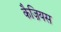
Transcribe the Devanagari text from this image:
कैज़ियस